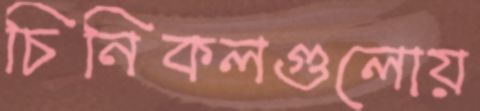
চিনিকলগুলোয়